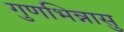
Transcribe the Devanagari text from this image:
गुणभिन्नासु